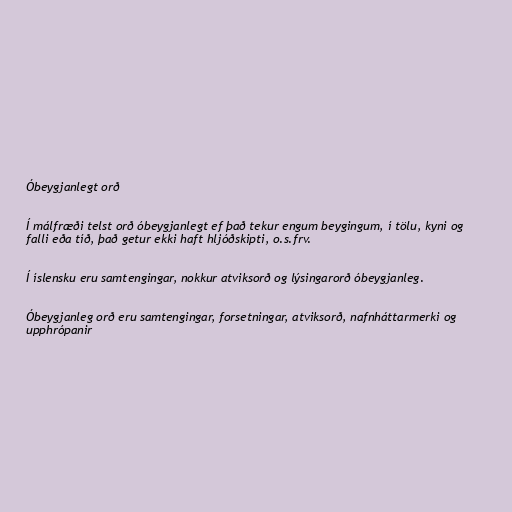
Óbeygjanlegt orð

Í málfræði telst orð óbeygjanlegt ef það tekur engum beygingum, í tölu, kyni og
falli eða tíð, það getur ekki haft hljóðskipti, o.s.frv.

Í íslensku eru samtengingar, nokkur atviksorð og lýsingarorð óbeygjanleg.

Óbeygjanleg orð eru samtengingar, forsetningar, atviksorð, nafnháttarmerki og
upphrópanir